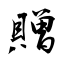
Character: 贈